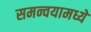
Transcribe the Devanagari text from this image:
समन्वयामध्ये